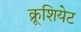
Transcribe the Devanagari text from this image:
क्रूशियेट